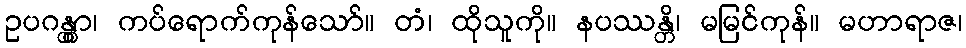
ဥပဂန္တွာ၊ ကပ်ရောက်ကုန်သော်။ တံ၊ ထိုသူကို။ နပဿန္တိ၊ မမြင်ကုန်။ မဟာရာဇ၊